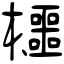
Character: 櫮